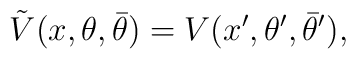
\tilde V(x, \theta, \bar\theta) = V(x', \theta', \bar\theta'),